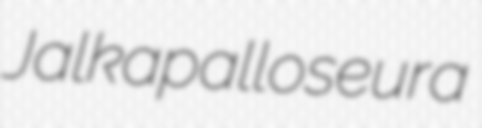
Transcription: Jalkapalloseura